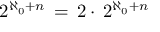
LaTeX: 2 ^ { \aleph _ { 0 } + n } \, = \, 2 \cdot \, 2 ^ { \aleph _ { 0 } + n }